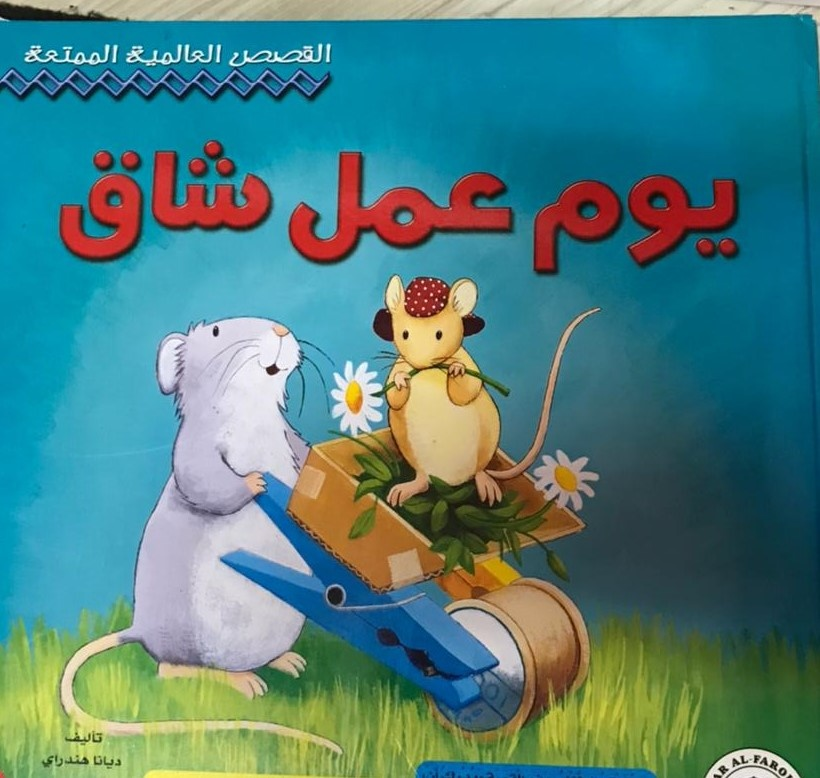
Text in image: العالمية القصص الممتعة شاق عمل يوم تأليف ديانا هندراي